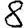
Digit: 8